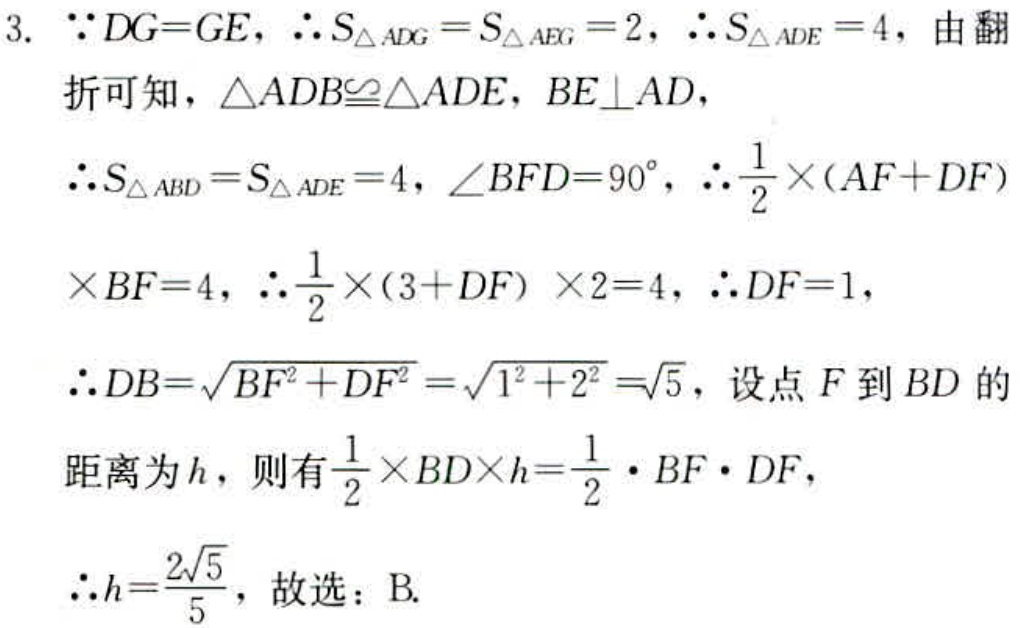
3. \(\because DG = GE\)，\(\therefore S_{\triangle ADG}=S_{\triangle AEG}=2\)，\(\therefore S_{\triangle ADE}=4\)，由翻
折可知，\(\triangle ADB\cong\triangle ADE\)，\(BE\perp AD\)，
\(\therefore S_{\triangle ABD}=S_{\triangle ADE}=4\)，\(\angle BFD = 90^{\circ}\)，\(\therefore\frac{1}{2}\times(AF + DF)\)
\(\times BF = 4\)，\(\therefore\frac{1}{2}\times(3 + DF)\times2 = 4\)，\(\therefore DF = 1\)，
\(\therefore DB=\sqrt{BF^{2}+DF^{2}}=\sqrt{1^{2}+2^{2}}=\sqrt{5}\)，设点\(F\)到\(BD\)的
距离为\(h\)，则有\(\frac{1}{2}\times BD\times h=\frac{1}{2}\cdot BF\cdot DF\)，
\(\therefore h=\frac{2\sqrt{5}}{5}\)，故选：B.